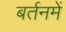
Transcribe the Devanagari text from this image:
बर्तनमें